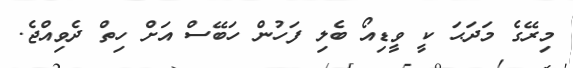
މިރޭގެ މަދަޙަ ކީ ވީޑިއޯ ބެލި ފަހުން ހަބޭސް އަށް ހިތް ދެވިއްޖެ.